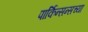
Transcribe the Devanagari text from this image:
पार्किन्सन्सच्या